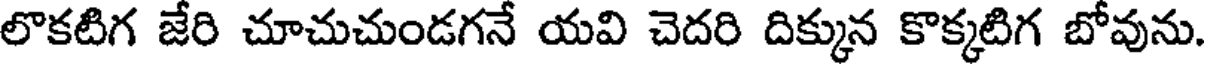
లొకటిగ జేరి చూచుచుండగనే యవి చెదరి దిక్కున కొక్కటిగ బోవును.